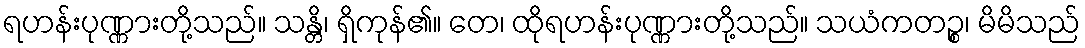
ရဟန်းပုဏ္ဏားတို့သည်။ သန္တိ၊ ရှိကုန်၏။ တေ၊ ထိုရဟန်းပုဏ္ဏားတို့သည်။ သယံကတဉ္စ၊ မိမိသည်